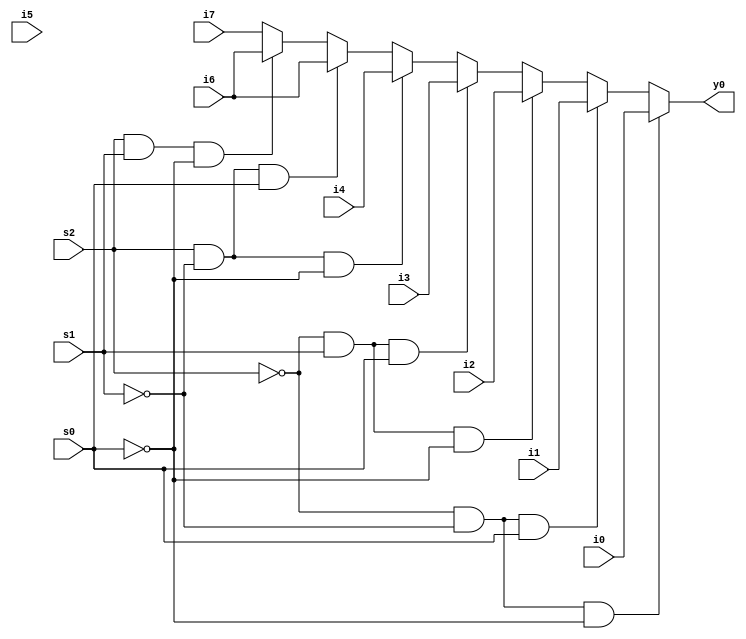
module mux_8_1(
	input i0,
	input i1,
	input i2,
	input i3,
	input i4,
	input i5,
	input i6,
	input i7,
	input s0,
	input s1,
	input s2,
	output reg y0
);
	always@* begin
		if(s2==1'b0 & s1==1'b0 & s0==1'b0)
			y0=i0;
		else if(s2==1'b0 & s1==1'b0 & s0==1'b1)
			y0=i1;
		else if(s2==1'b0 & s1==1'b1 & s0==1'b0)
			y0=i2;
		else if(s2==1'b0 & s1==1'b1 & s0==1'b1)
			y0=i3;
		else if(s2==1'b1 & s1==1'b0 & s0==1'b0)
			y0=i4;
		else if(s2==1'b1 & s1==1'b0 & s0==1'b1)
			y0=i6;
		else if(s2==1'b1 & s1==1'b1 & s0==1'b0)
			y0=i6;
		else begin
			y0=i7;
		end
	end
endmodule